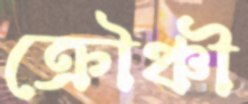
ক্রৌঞ্চী